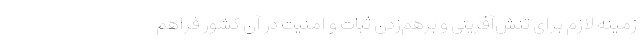
زمینه لازم برای تنش‌آفرینی و برهم‌زدن ثبات و امنیت در آن کشور فراهم